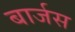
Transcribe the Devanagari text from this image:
बार्जस